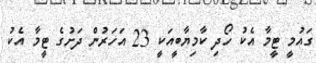
ގައުމީ ޓީމާ އެކު ހޯދި ކާމިޔާބީއަކީ 23 އަހަރުން ދަށުގެ ޓީމާ އެކު